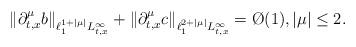
LaTeX: \begin{align*} \|\partial^\mu_{t,x} b \|_{\ell^{1+|\mu|}_1 L^\infty_{t,x}} + \|\partial_{t,x}^\mu c\|_{\ell^{2+|\mu|}_1 L^\infty_{t,x}} = \O(1),|\mu|\le 2.\end{align*}